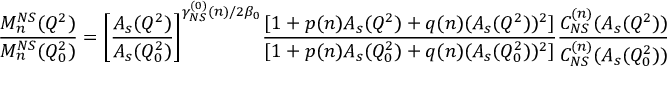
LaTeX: \frac { M _ { n } ^ { N S } ( Q ^ { 2 } ) } { M _ { n } ^ { N S } ( Q _ { 0 } ^ { 2 } ) } = \bigg [ \frac { A _ { s } ( Q ^ { 2 } ) } { A _ { s } ( Q _ { 0 } ^ { 2 } ) } \bigg ] ^ { \gamma _ { N S } ^ { ( 0 ) } ( n ) / 2 \beta _ { 0 } } \frac { [ 1 + p ( n ) A _ { s } ( Q ^ { 2 } ) + q ( n ) ( A _ { s } ( Q ^ { 2 } ) ) ^ { 2 } ] } { [ 1 + p ( n ) A _ { s } ( Q _ { 0 } ^ { 2 } ) + q ( n ) ( A _ { s } ( Q _ { 0 } ^ { 2 } ) ) ^ { 2 } ] } \frac { C _ { N S } ^ { ( n ) } ( A _ { s } ( Q ^ { 2 } ) ) } { C _ { N S } ^ { ( n ) } ( A _ { s } ( Q _ { 0 } ^ { 2 } ) ) }